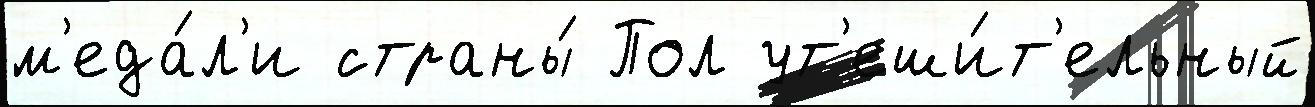
м'еда́л'и страны́ Пол ут'еши́т'ельный